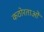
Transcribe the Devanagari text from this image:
कठोरताओं